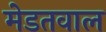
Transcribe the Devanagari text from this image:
मेडतवाल